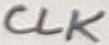
Text: CLK